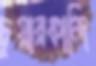
চুয়ারকান্দি